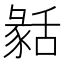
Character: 𦧬